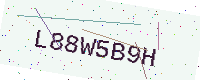
Text: L88W5B9H